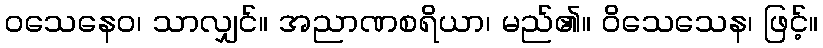
ဝသေနေဝ၊ သာလျှင်။ အညာဏစရိယာ၊ မည်၏။ ဝိသေသေန၊ ဖြင့်။